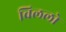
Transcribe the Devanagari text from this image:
विललो